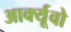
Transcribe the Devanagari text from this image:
आर्क्यूवो